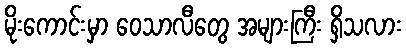
မိုးကောင်းမှာ ဝေသာလီတွေ အများကြီး ရှိသလား